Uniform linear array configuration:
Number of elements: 32
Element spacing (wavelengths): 1
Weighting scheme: hann
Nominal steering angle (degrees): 60
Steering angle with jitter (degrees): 59.77
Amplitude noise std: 0.05
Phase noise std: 0.05

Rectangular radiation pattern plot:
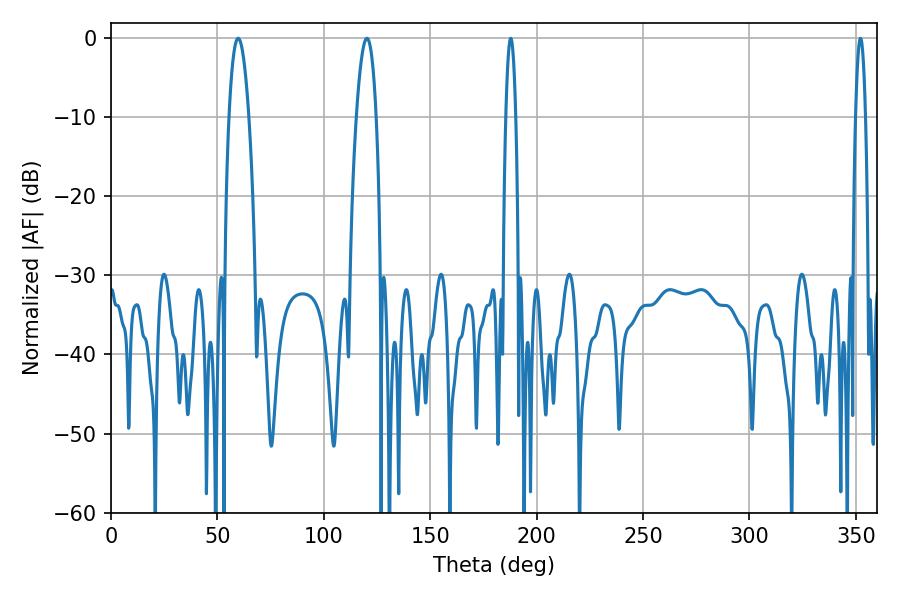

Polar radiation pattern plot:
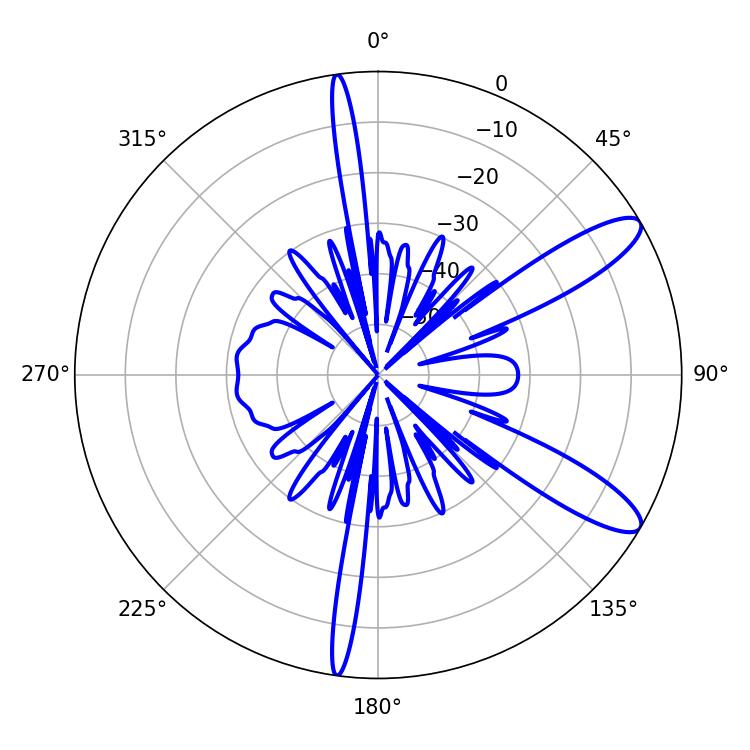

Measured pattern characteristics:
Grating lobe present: TRUE
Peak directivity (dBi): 11.128
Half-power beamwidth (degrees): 5.22
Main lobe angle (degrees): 120.24